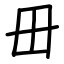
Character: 毌